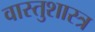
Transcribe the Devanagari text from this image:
वास्‍तुशास्‍त्र